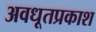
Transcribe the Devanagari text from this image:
अवधूतप्रकाश